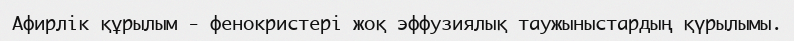
Афирлік құрылым - фенокристері жоқ эффузиялық таужыныстардың қүрылымы.